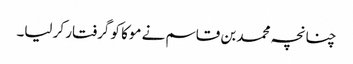
چنانچہ محمد بن قاسم نے موکا کو گرفتار کر لیا۔